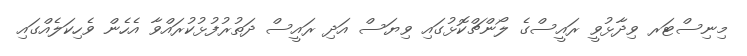
މިނިސްޓަރ ވިދާޅުވީ ރައީސްގެ ލޯންޗްކޮޅުގައި ވިޔަސް އަދި ރައީސް ދަތުރުފުޅުކުރައްވާ އެހެން ވެހިކަލެއްގައި